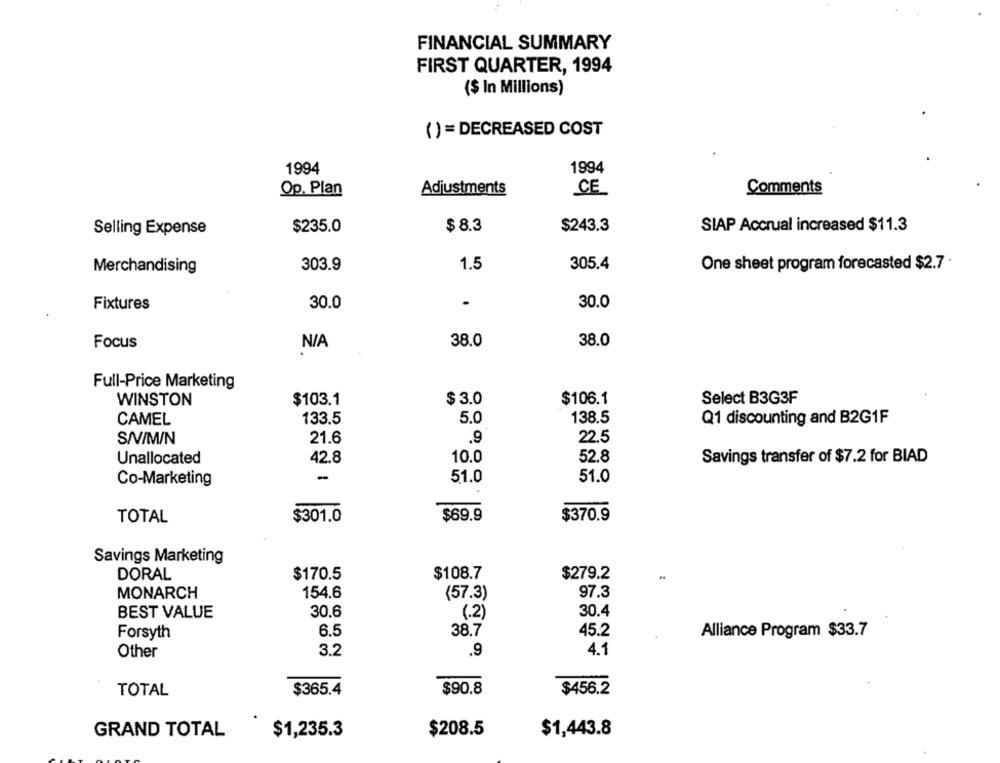
FINANCIAL SUMMARY
FIRST QUARTER, 1994
($ In Millions)
() = DECREASED COST
1994
1994
Op. Plan
Adjustments
CE
Comments
$235.0
$8.3
$243.3
SIAP Accrual increased $11.3
Selling Expense
303.9
1.5
305.4
One sheet program forecasted $2.7 .
Merchandising
Fixtures
30.0
30.0
Focus
38.0
38.0
Full-Price Marketing
WINSTON
$103.1
$ 3.0
$106.1
Select B3G3F
133.5
5.0
138.5
CAMEL
Q1 discounting and B2G1F
SIVIM/N
21.6
.9
22.5
42.8
10.0
Unallocated
52.8
Savings transfer of $7.2 for BIAD
-
51.0
51.0
Co-Marketing
TOTAL
$301.0
$69.9
$370.9
Savings Marketing
DORAL
$170.5
$108.7
$279.2
MONARCH
154,6
(57.3)
97.3
BEST VALUE
30.6
(.2)
30.4
6.5
38.7
45.2
Alliance Program $33.7
Forsyth
Other
3.2
.9
4.1
TOTAL
$365.4
$90.8
$456.2
GRAND TOTAL
$208.5
$1,443.8
$1,235.3